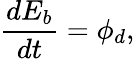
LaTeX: \frac{dE_{b}}{dt}=\phi_{d},